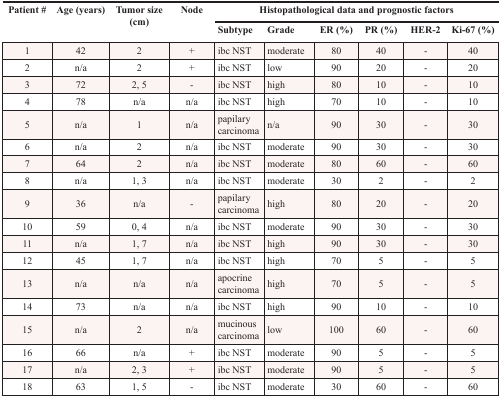
| <ROWSPAN=2> Patient # | <ROWSPAN=2> Age (years) | <ROWSPAN=2> Tumor size (cm) | <ROWSPAN=2> Node | <COLSPAN=6> Histopathological data and prognostic factors |
 | Subtype | Grade | ER (%) | PR (%) | HER-2 | Ki-67 (%) |
 | --- | --- | --- | --- | --- | --- | --- | --- | --- | --- |
 | 1 | 42 | 2 | + | ibc NST | moderate | 80 | 40 | - | 40 |
 | 2 | n/a | 2 | + | ibc NST | low | 90 | 20 | - | 20 |
 | 3 | 72 | 2, 5 | - | ibc NST | high | 80 | 10 | - | 10 |
 | 4 | 78 | n/a | n/a | ibc NST | high | 70 | 10 | - | 10 |
 | 5 | n/a | 1 | n/a | papilary carcinoma | n/a | 90 | 30 | - | 30 |
 | 6 | n/a | 2 | n/a | ibc NST | moderate | 90 | 30 | - | 30 |
 | 7 | 64 | 2 | n/a | ibc NST | moderate | 80 | 60 | - | 60 |
 | 8 | n/a | 1, 3 | n/a | ibc NST | moderate | 30 | 2 | - | 2 |
 | 9 | 36 | n/a | - | papilary carcinoma | high | 80 | 20 | - | 20 |
 | 10 | 59 | 0, 4 | n/a | ibc NST | moderate | 90 | 30 | - | 30 |
 | 11 | n/a | 1, 7 | n/a | ibc NST | high | 90 | 30 | - | 30 |
 | 12 | 45 | 1, 7 | n/a | ibc NST | high | 70 | 5 | - | 5 |
 | 13 | n/a | n/a | n/a | apocrine carcinoma | high | 70 | 5 | - | 5 |
 | 14 | 73 | n/a | n/a | ibc NST | high | 90 | 10 | - | 10 |
 | 15 | n/a | 2 | n/a | mucinous carcinoma | low | 100 | 60 | - | 60 |
 | 16 | 66 | n/a | + | ibc NST | moderate | 90 | 5 | - | 5 |
 | 17 | n/a | 2, 3 | + | ibc NST | moderate | 90 | 5 | - | 5 |
 | 18 | 63 | 1, 5 | - | ibc NST | moderate | 30 | 60 | - | 60 |